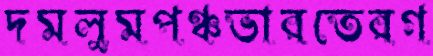
দমলুমপঞ্চভারতেরগ